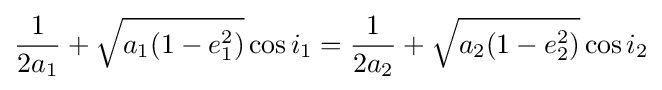
{\frac {1}{2a_{1}}}+{\sqrt {a_{1}(1-e_{1}^{2})}}\cos i_{1}={\frac {1}{2a_{2}}}+{\sqrt {a_{2}(1-e_{2}^{2})}}\cos i_{2}